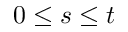
0 \leq s \leq t